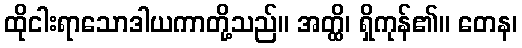
ထိုငါးရာသောဒါယကာတို့သည်။ အတ္ထိ၊ ရှိကုန်၏။ တေန၊